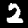
Digit: 2